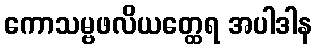
ကောသမ္ဗဖလိယတ္ထေရ အပါဒါန